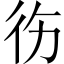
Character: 𱝮